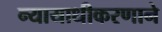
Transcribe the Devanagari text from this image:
न्यायाधीकरणाने